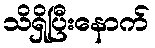
သိရှိပြီးနောက်